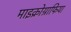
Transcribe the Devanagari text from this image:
माइक्रोग्राफिया